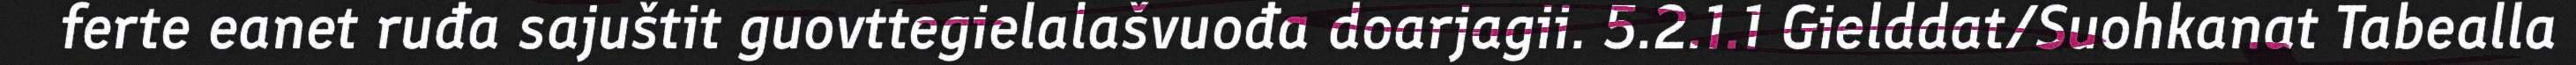
ferte eanet ruđa sajuštit guovttegielalašvuođa doarjagii. 5.2.1.1 Gielddat/Suohkanat Tabealla